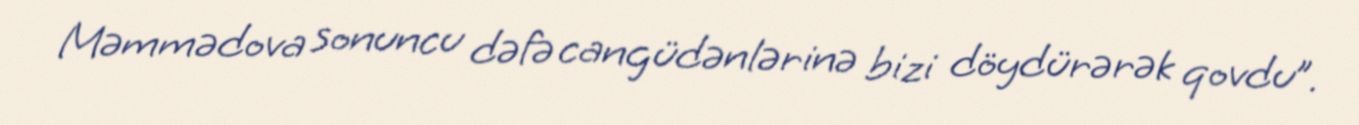
Məmmədova sonuncu dəfə cangüdənlərinə bizi döydürərək qovdu”.